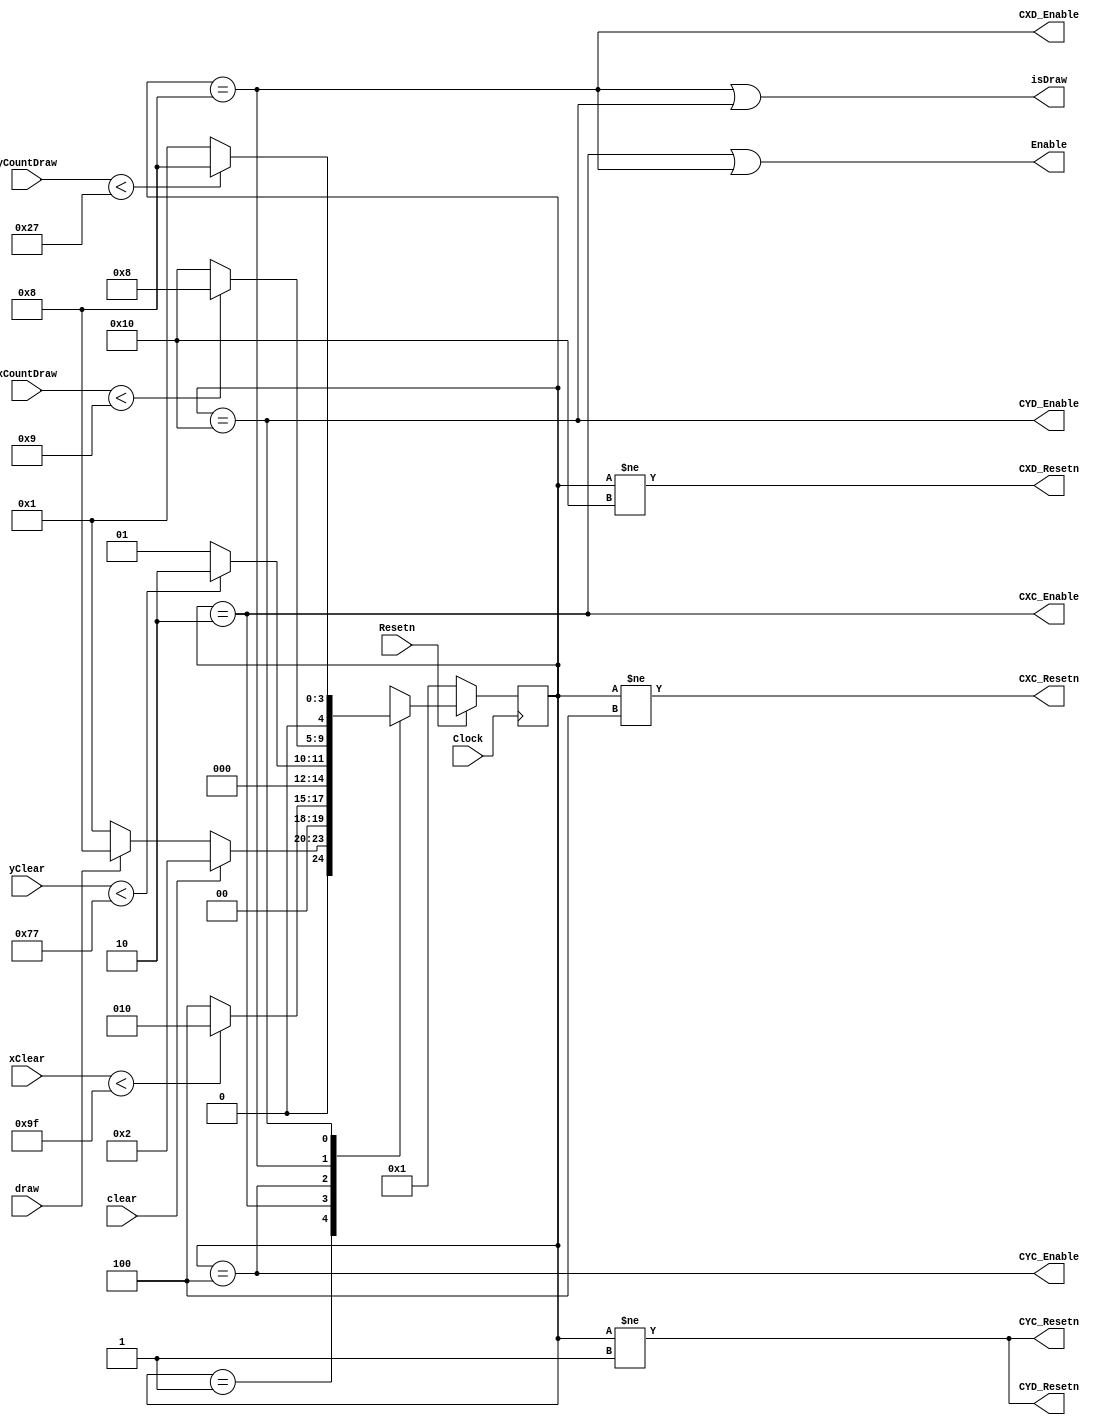
// FSM

module FSM 	(Clock, Resetn, clear, draw, 
				xClear, yClear, xCountDraw, yCountDraw,
				CXC_Resetn, CXC_Enable, CYC_Resetn, CYC_Enable, 
				CXD_Resetn, CXD_Enable, CYD_Resetn, CYD_Enable, 
				Enable, isDraw);
	// define input and output ports
	input Clock, Resetn;
	input clear, draw;
	input [8:0] xClear;
	input [7:0] yClear;
	input [8:0] xCountDraw;
	input [7:0] yCountDraw;
	output CXC_Resetn, CXC_Enable, CYC_Resetn, CYC_Enable, 
			 CXD_Resetn, CXD_Enable, CYD_Resetn, CYD_Enable, 
			 Enable, isDraw;
	reg [4:0] y_Q;
	reg [4:0] Y_D; // y_Q represents current state, Y_D represents next state
	parameter Idle = 5'b00001, Clear_IterX = 5'b00010, Clear_IncY = 5'b00100, Draw_IterX = 5'b01000, Draw_IncY = 5'b10000;
	parameter xScreen = 160-1, yScreen = 120-1;
	parameter xDraw = 10-1, yDraw = 40-1;
	
	always @(*)
	begin: state_table
		case (y_Q)
			Idle: 		if (clear) 				Y_D = Clear_IterX;
							else if (draw)			Y_D = Draw_IterX;
							else						Y_D = Idle;
							
			Clear_IterX:if (xClear < xScreen)Y_D = Clear_IterX;
							else 						Y_D = Clear_IncY;
							
			Clear_IncY:	if (yClear < yScreen)Y_D = Clear_IterX;
							else						Y_D = Idle;
							
			Draw_IterX: if (xCountDraw<xDraw)Y_D = Draw_IterX;
							else						Y_D = Draw_IncY;
							
			Draw_IncY: 	if (yCountDraw<yDraw)Y_D = Draw_IterX;
							else						Y_D = Idle;
			
			default: Y_D = 5'bxxxxx;
		endcase
	end // state_table
	
	
	always @(posedge Clock)
	begin: state_FFs
		if (Resetn == 0)
			y_Q <= Idle;
		else
			y_Q <= Y_D;
	end // state_FFS
	
	// assignments for output z and the LEDs
	assign CXC_Resetn = (y_Q != Clear_IncY);
	assign CXC_Enable = (y_Q == Clear_IterX);
	assign CYC_Resetn = (y_Q != Idle);
	assign CYC_Enable = (y_Q == Clear_IncY);
	assign CXD_Resetn = (y_Q != Draw_IncY);
	assign CXD_Enable = (y_Q == Draw_IterX);
	assign CYD_Resetn = (y_Q != Idle);
	assign CYD_Enable = (y_Q == Draw_IncY);
	assign Enable = (y_Q == Clear_IterX) || (y_Q == Draw_IterX);
	assign isDraw = (y_Q == Draw_IterX)  || (y_Q == Draw_IncY);
	
endmodule